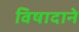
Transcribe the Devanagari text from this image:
विषादाने